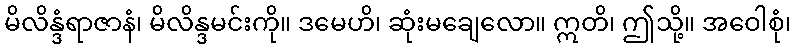
မိလိန္ဒံရာဇာနံ၊ မိလိန္ဒမင်းကို။ ဒမေဟိ၊ ဆုံးမချေလော။ ဣတိ၊ ဤသို့။ အဝေါစုံ၊